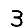
Digit: 3